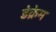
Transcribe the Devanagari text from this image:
डेक्रेम